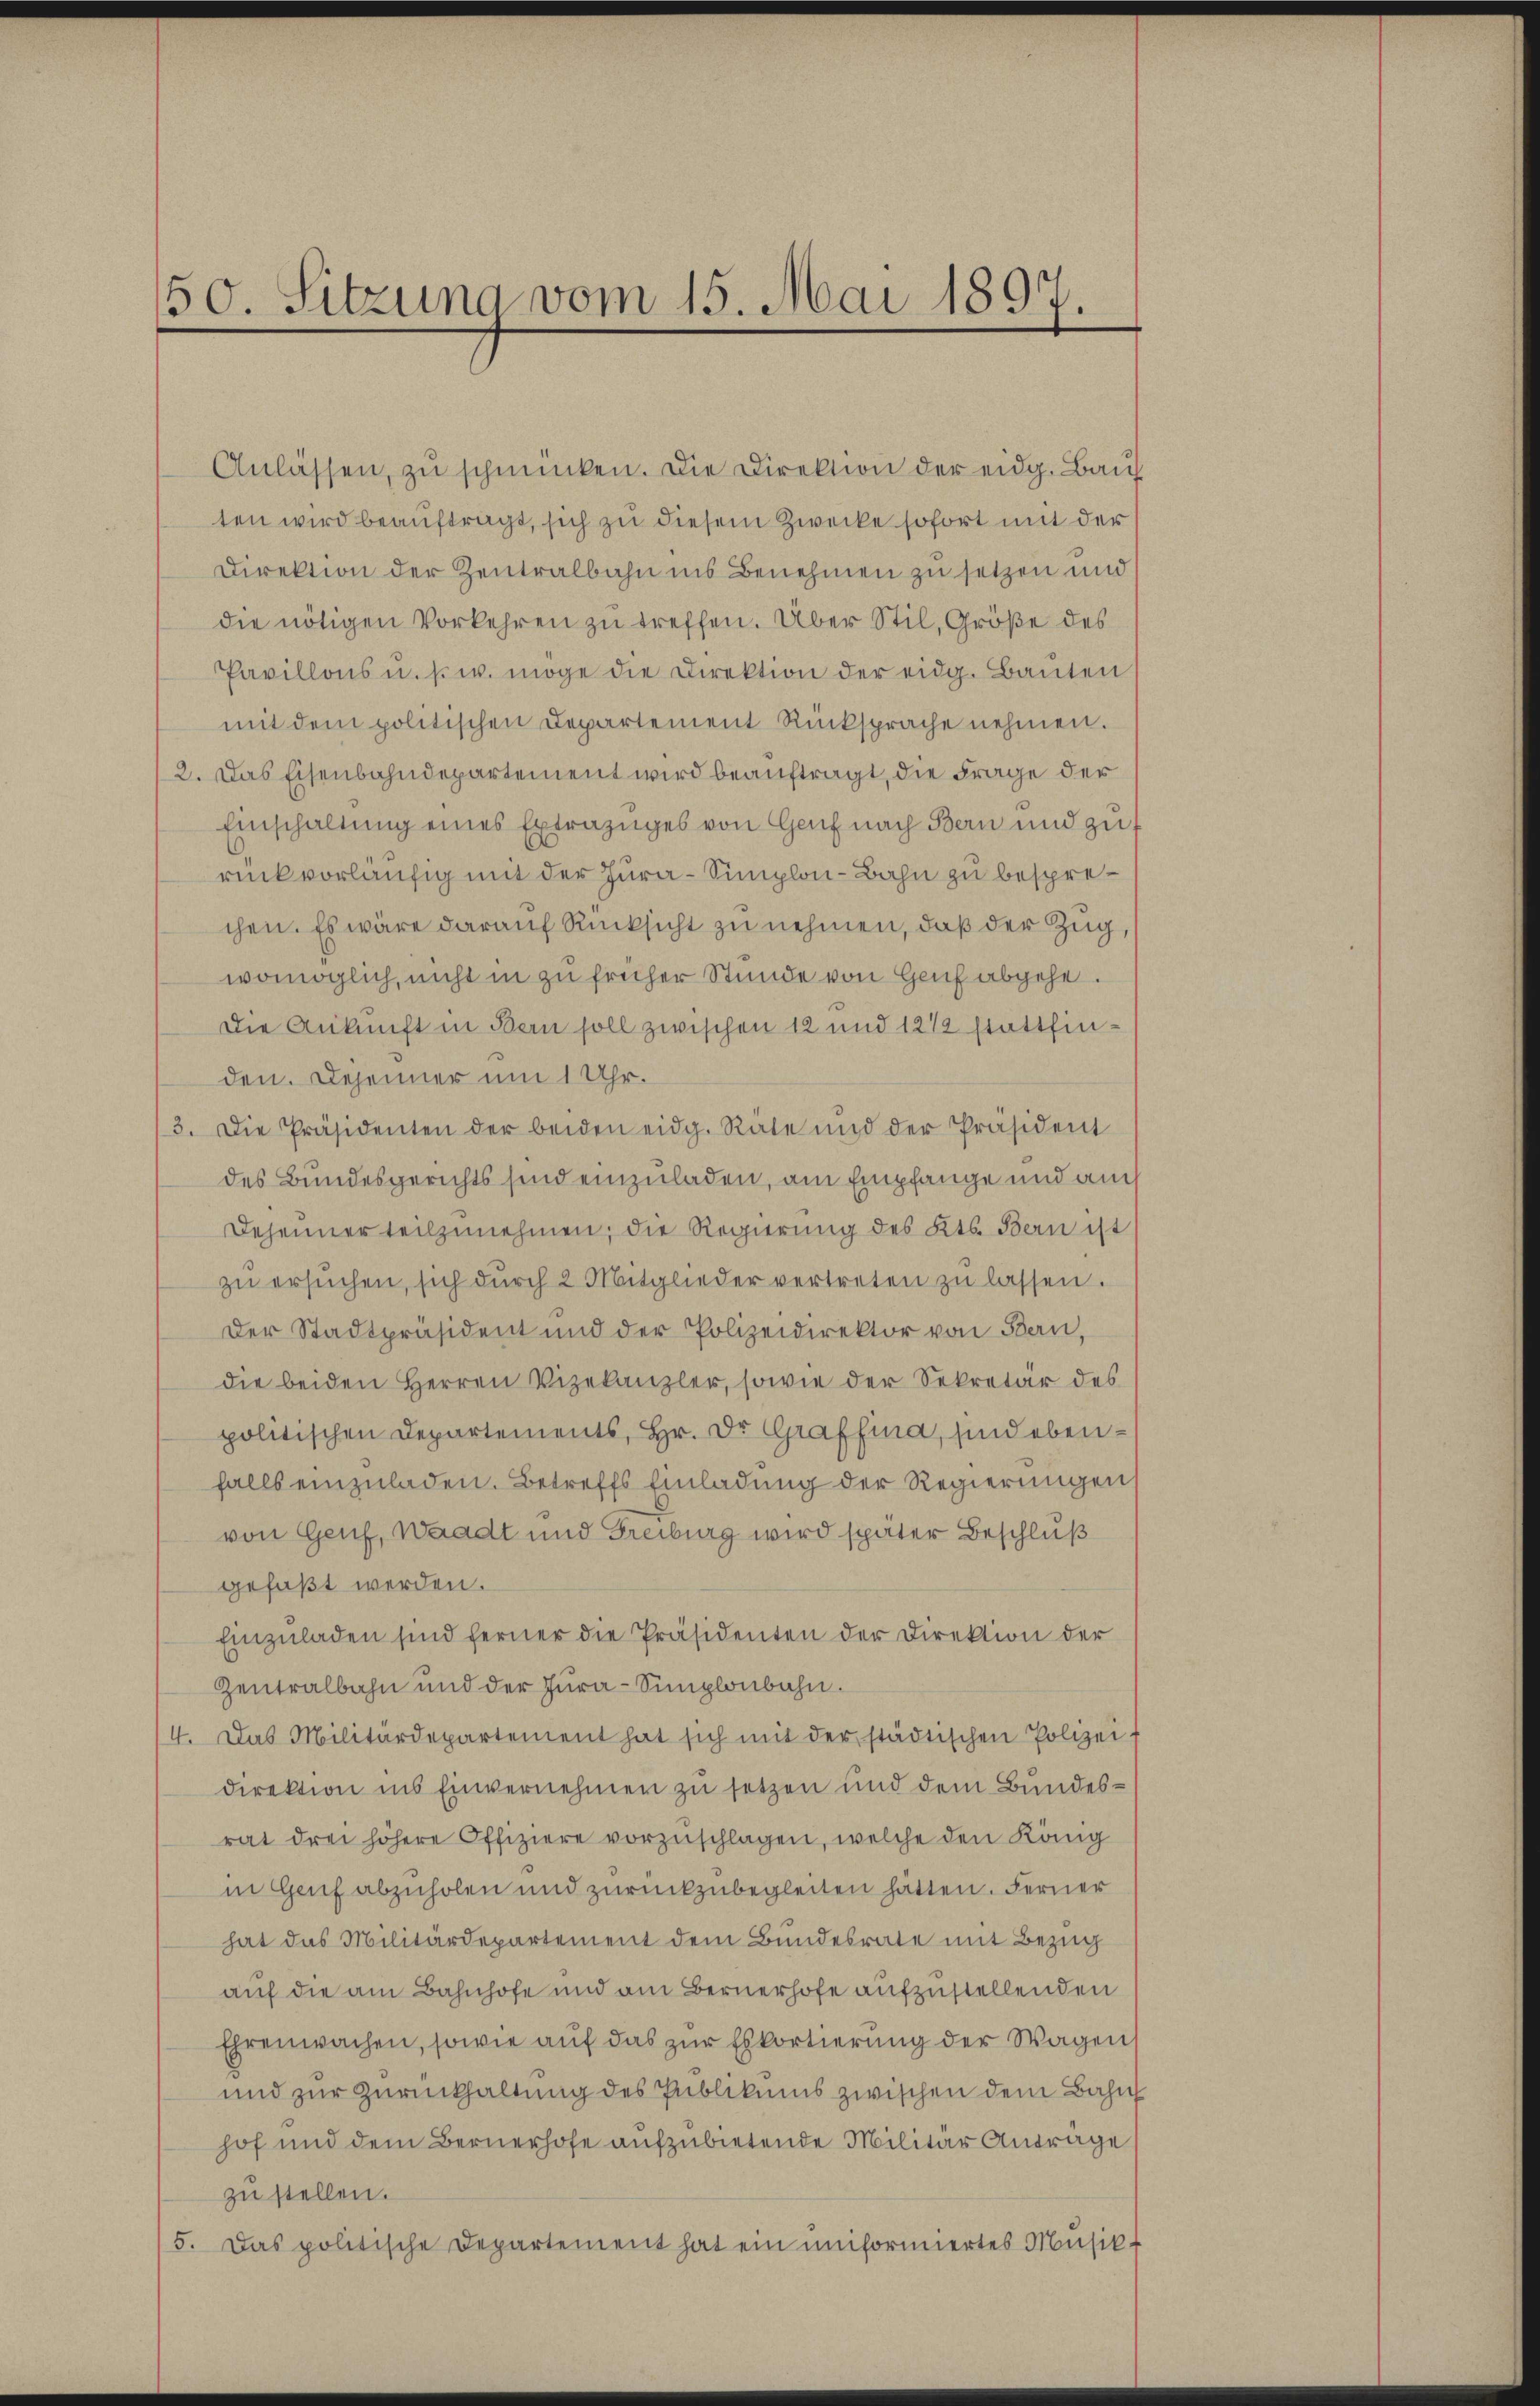
50. Sitzung vom 15. Mai 1897.

Anlassen, zŭ schmücken. Die Direktion der eidg. Bauf
ten wird beauftragt, sich zu diesem Zwecke sofort mit der
Direktion der Zentralbahn ins Benehmen zu setzen und
die nötigen Vorkehren zu treffen. Über Stil, Größe des
Pavillons u. s. w. möge die Direktion der eidg. Bauten
mit dem politischen Departement Rücksprache nehmen.
2. Das Eisenbahndepartement wird beauftragt, die Frage der
Einschaltung eines Extrazuges von Genf nach Bern und zuf
rück vorläufig mit der Jura-Simplon-Bahn zu besprechen. Es wäre darauf Rücksicht zu nehmen, daß der Zug,
womöglich, nicht in zu früher Stunde von Genf abgehe.
Die Ankunft in Bern soll zwischen 12 und 121 stattfinden. Depenner um 1 Uhr.
3. Die Präsidenten der beiden eidg. Räte und der Präsident
des Bundesgerichts sind einzuladen, am Empfange und auch
Dehenner teilzunehmen, die Regierung des Kts. Bern ist
zŭ ersŭchen, sich dŭrch 2 Mitglieder vertreten zŭ lassen.
Der Stadtpräsident und der Polizeidirektor von Bern,
die beiden Herren Vizekanzler, sowie der Sekretär des
politischen Departements, Hr. Dr. Graffina, sind ebenfalls einzuladen. Betreffs Einladung der Regierungen
von Genf, Waadt und Freiburg wird später Beschluß
gefaßt werden.
Einzŭladen sind ferner die Präsidenten der Direktion der
Zentralbahn und der Jura-Simplonbahn.
4. Das Militärdepartement hat sich mit der städtischen Polizei-
direktion ins Einvernehmen zu setzen und dem Bundesrat drei höhere Offiziere vorzuschlagen, welche den König
in Genf abzuholen und zurückzubegleiten hätten. Ferner
hat das Militärdepartement dem Bundesrate mit Bezug
auf die am Bahnhofe und am Bernerhofe aufzustellenden
Ehrenwachen, sowie auf das zur Eskortierung der Wagens
und zur Zurückhaltung des Publikums zwischen dem Bahn
hof und dem Bernerhofe aufzubietende Militär Antrage
zu stellen.
5. Das politische Departement hat ein uniformiertes Musik-